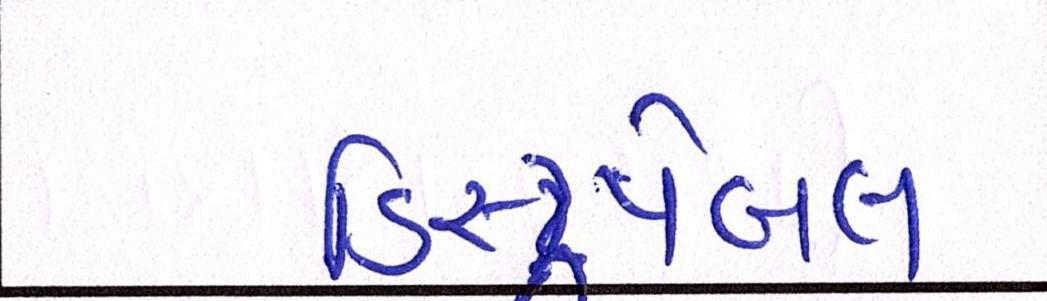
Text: ડિસ્ટ્રપેબલ